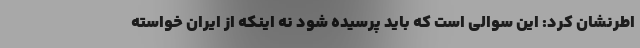
اطرنشان کرد: این سوالی است که باید پرسیده شود نه اینکه از ایران خواسته